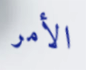
الأمر